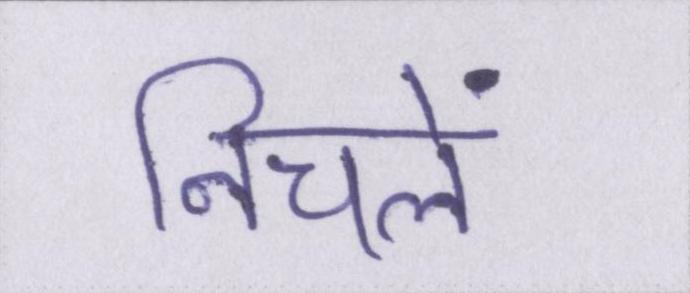
निचले